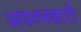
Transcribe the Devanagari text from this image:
आयननकारी